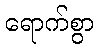
ရောက်စွာ